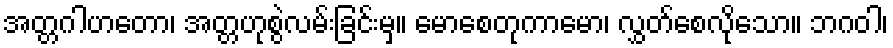
အတ္တဂါဟတော၊ အတ္တဟုစွဲလမ်းခြင်းမှ။ မောစေတုကာမော၊ လွှတ်စေလိုသော။ ဘဂဝါ၊